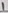
Text: 1